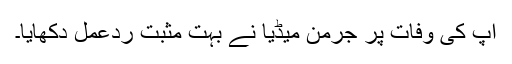
آپ کی وفات پر جرمن میڈیا نے بہت مثبت ردّعمل دکھایا۔